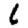
Digit: 6